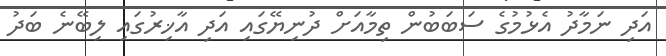
އަދި ނަމާދު އެޅުމުގެ ސަބަބުން ތިމާއަށް ދުނިޔޭގައި އަދި އާޚިރުގައި ލިބޭނެ ބަދު